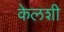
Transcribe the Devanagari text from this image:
केलशी